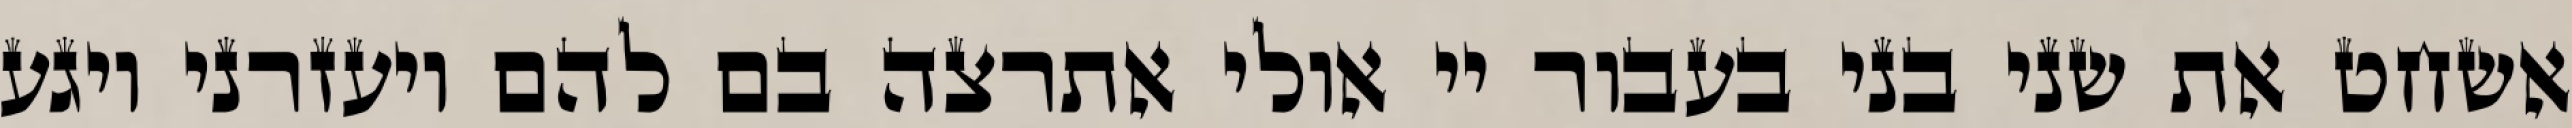
אשחט את שני בני בעבור יי אולי אתרצה בם להם ויעזרני ויגע